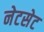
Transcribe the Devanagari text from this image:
नेटसेट